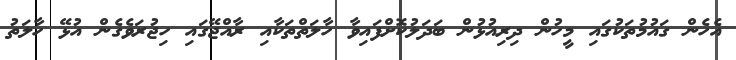
އެހެން ގައުމުތަކުގައި މީހުން ދިރިއުޅުން ބަދަލުކޮށްފައިވާ ހާލަތްތަކާއި ރާއްޖޭގައި ހިޖުރަވެގެން އުޅޭ ހާލަތު